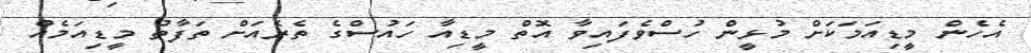
އެހެން މީޑިއަމަކަށް މުޅީން ހުސްވެފައިވާ އޮތް މީޑިއާ ހައުސްގެ ތެރެއަށް ތަފާތު މީޑިއަމެއް